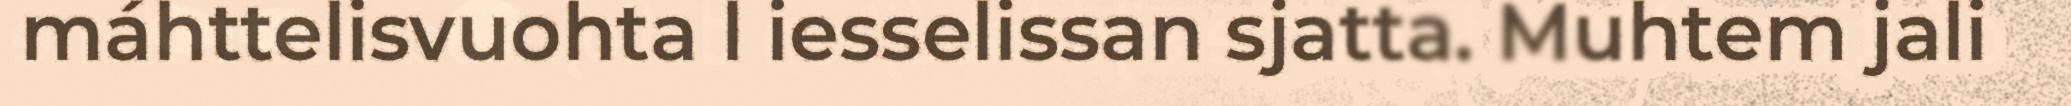
máhttelisvuohta l iesselissan sjatta. Muhtem jali